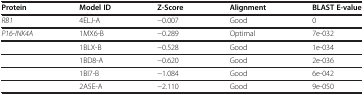
| Protein | Model ID | Z-Score | Alignment | BLAST E-value |
 | --- | --- | --- | --- | --- |
 | RB1 | 4ELJ-A | −0.007 | Good | 0 |
 | P16-INK4A | 1MX6-B | −0.289 | Optimal | 7e-032 |
 |  | 1BLX-B | −0.528 | Good | 1e-034 |
 |  | 1BD8-A | −0.620 | Good | 2e-036 |
 |  | 1BI7-B | −1.084 | Good | 6e-042 |
 |  | 2A5E-A | −2.110 | Good | 9e-050 |